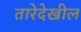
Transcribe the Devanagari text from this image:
तारेदेखील